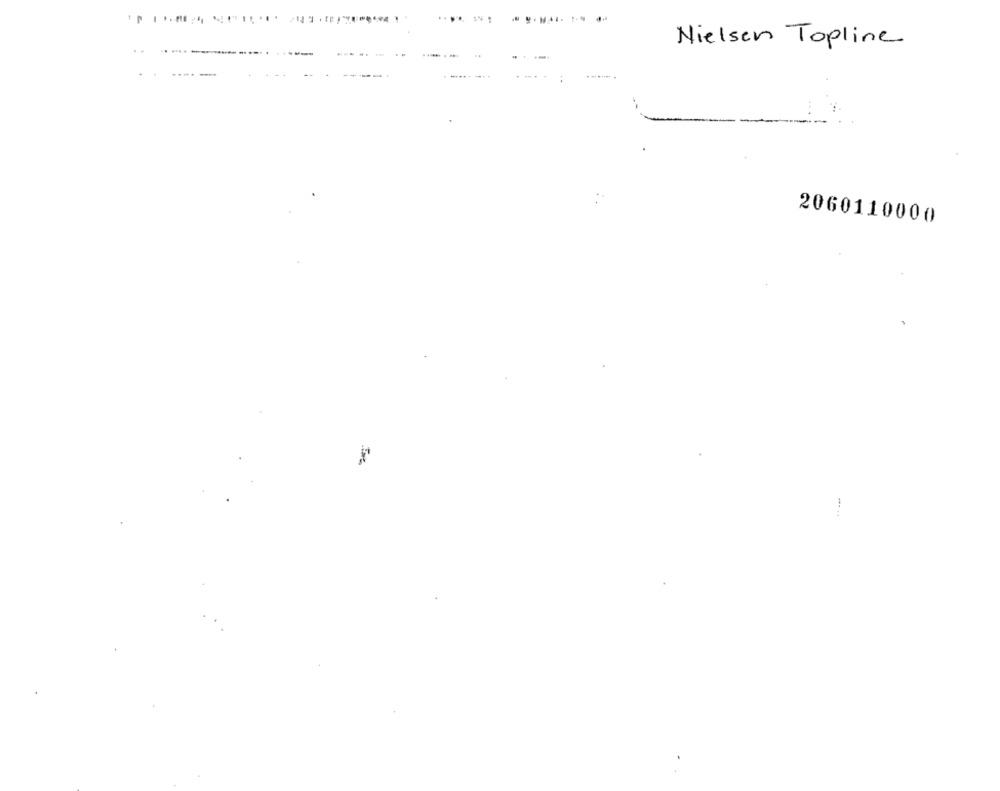
M
Nielsen Topline
-----
2060110000
.